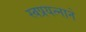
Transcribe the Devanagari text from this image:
स्वप्रयत्नाने